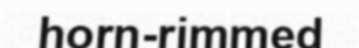
horn-rimmed